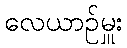
လေယာဉ်မှူး